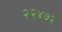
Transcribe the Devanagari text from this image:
२२४७२